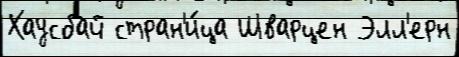
Хаусбай стран'и́ца Шварцен Элл'ерн